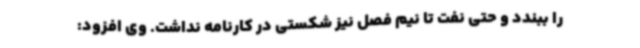
را ببندد و حتی نفت تا نیم فصل نیز شکستی در کارنامه نداشت. وی افزود: